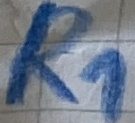
Text: R1